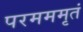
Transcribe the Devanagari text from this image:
परमममृतं